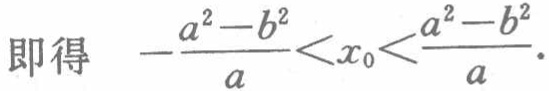
即得 \(-\frac{a^{2}-b^{2}}{a}<x_{0}<\frac{a^{2}-b^{2}}{a}\).